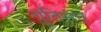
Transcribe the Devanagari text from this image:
युतिसंच